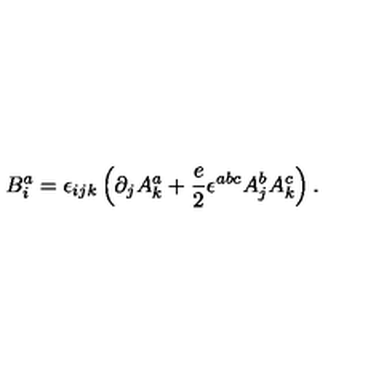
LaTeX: B _ { i } ^ { a } = \epsilon _ { i j k } \left( \partial _ { j } A _ { k } ^ { a } + \frac { e } { 2 } \epsilon ^ { a b c } A _ { j } ^ { b } A _ { k } ^ { c } \right) .